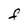
Character: F